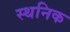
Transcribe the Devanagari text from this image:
स्थनिक